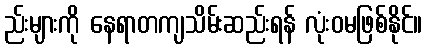
ည်းများကို နေရာတကျသိမ်းဆည်းရန် လုံးဝမဖြစ်နိုင်။